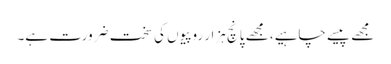
مجھے پیسے چاہیے، مجھے پانچ ہزار روپیوں کی سخت ضرورت ہے۔